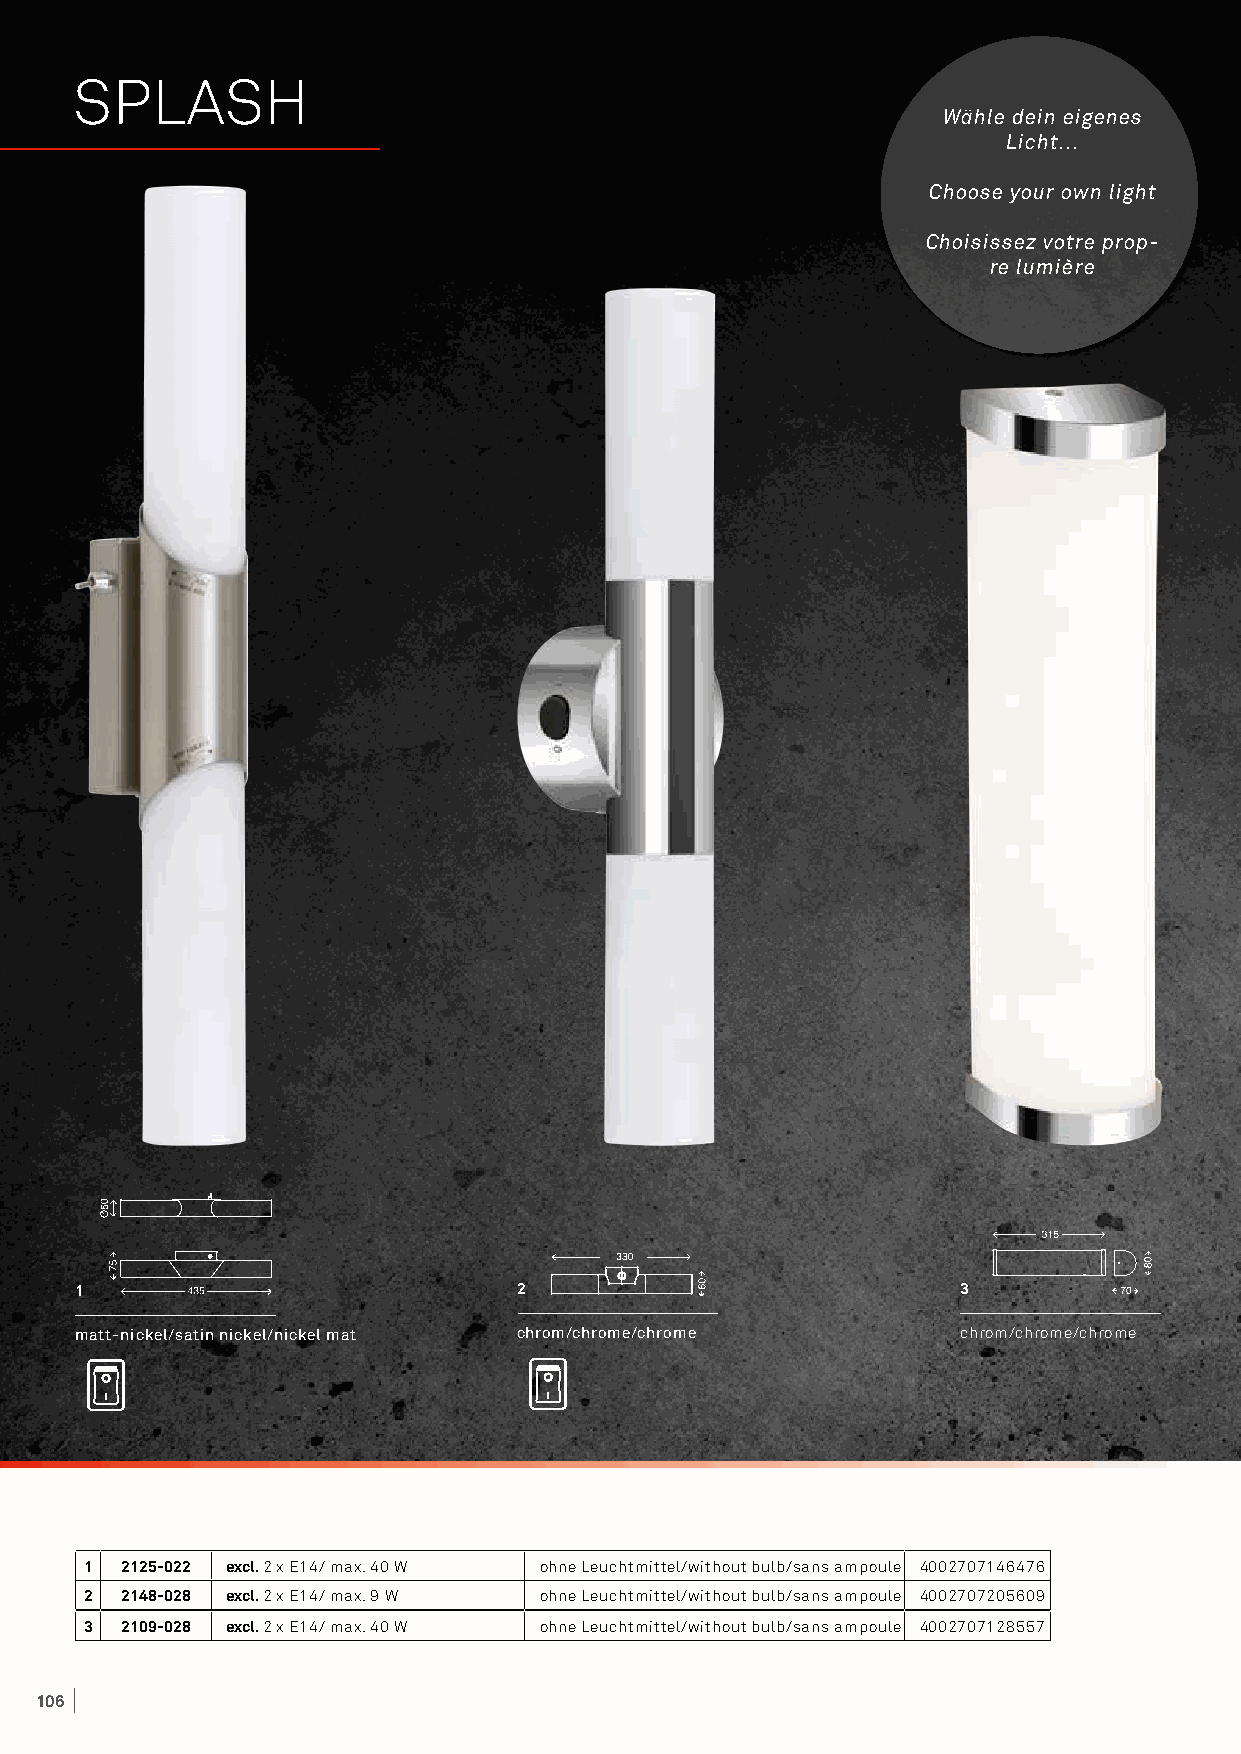
SPLASH
 Wähle dein eigenes
 Licht...
 Choose your own light
 Choisissez votre prop-
 re lumière
 1                            2                             3
 matt-nickel/satin nickel/nickel mat chrom/chrome/chrome    chrom/chrome/chrome
 1 2125-022 excl. 2 x E14/ max. 40 W ohne Leuchtmittel/without bulb/sans ampoule 4002707146476
 2 2148-028 excl. 2 x E14/ max. 9 W ohne Leuchtmittel/without bulb/sans ampoule 4002707205609
 3 2109-028 excl. 2 x E14/ max. 40 W ohne Leuchtmittel/without bulb/sans ampoule 4002707128557
 106